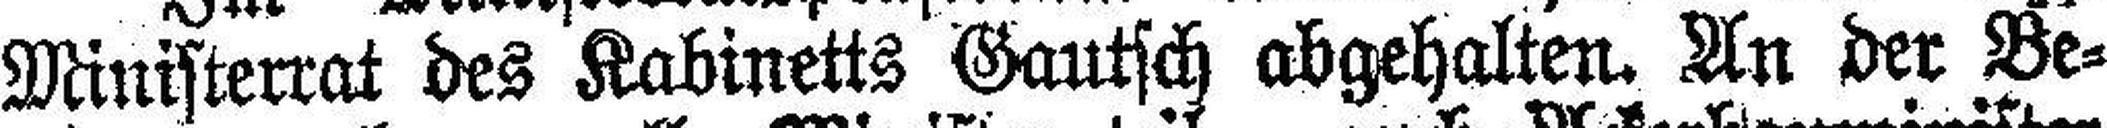
Ministerrat des Kabinetts Gautsch abgehalten. An der Be¬